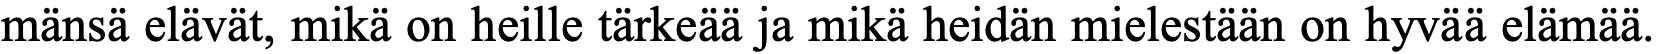
mänsä elävät, mikä on heille tärkeää ja mikä heidän mielestään on hyvää elämää.